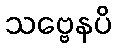
သဗ္ဗေနပိ